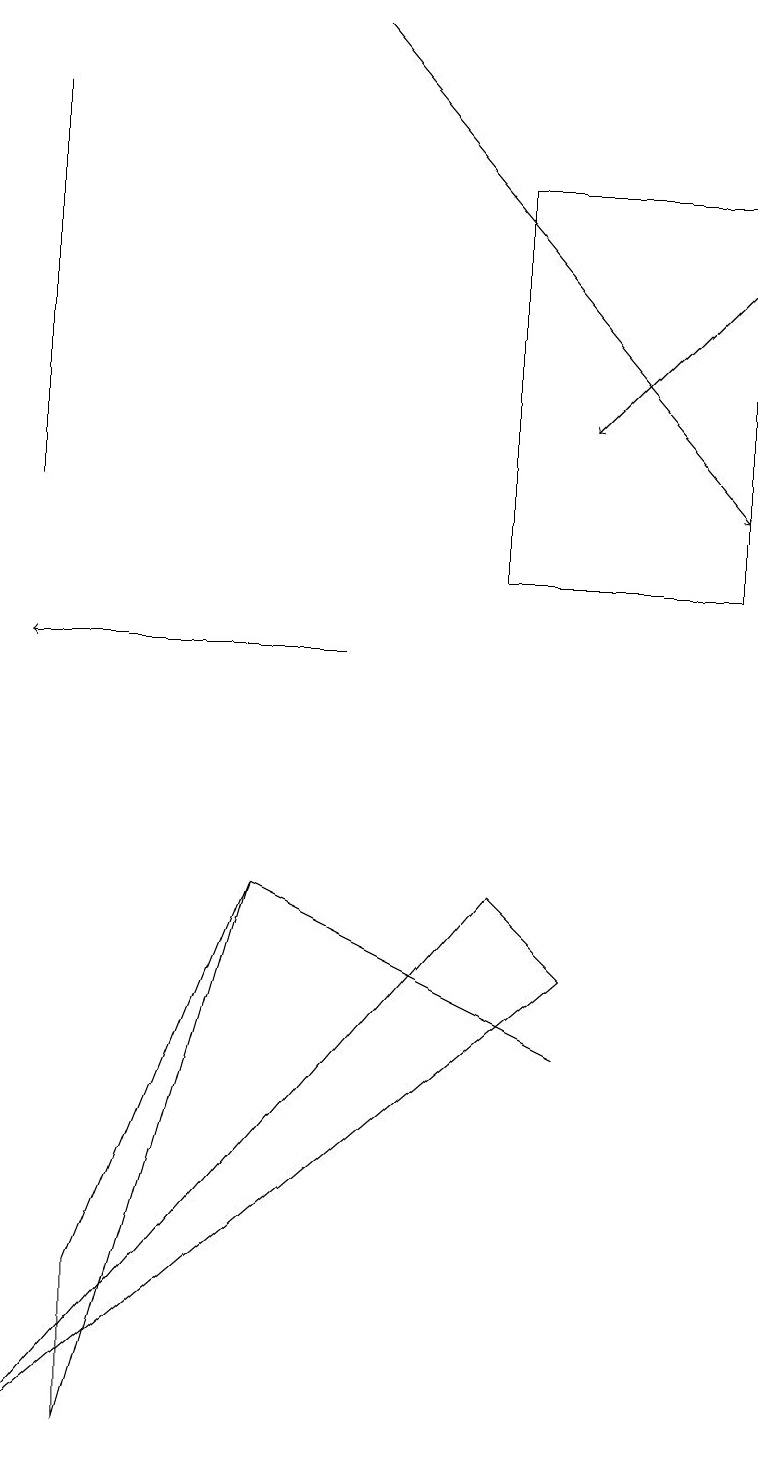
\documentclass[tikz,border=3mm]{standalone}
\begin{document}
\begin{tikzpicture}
\draw[->] (9,15) -- (7,13);
\draw (7,6) -- (6,7) -- (0,0) -- cycle;
\draw (3,7) -- (3,7) -- (7,5) -- cycle;
\draw (9,11) rectangle (6,16);
\draw (0,12) rectangle (0,17);
\draw (3,7) -- (1,2) -- (1,0) -- cycle;
\draw[->] (4,18) -- (9,12);
\draw[->] (4,10) -- (0,10);
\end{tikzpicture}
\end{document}